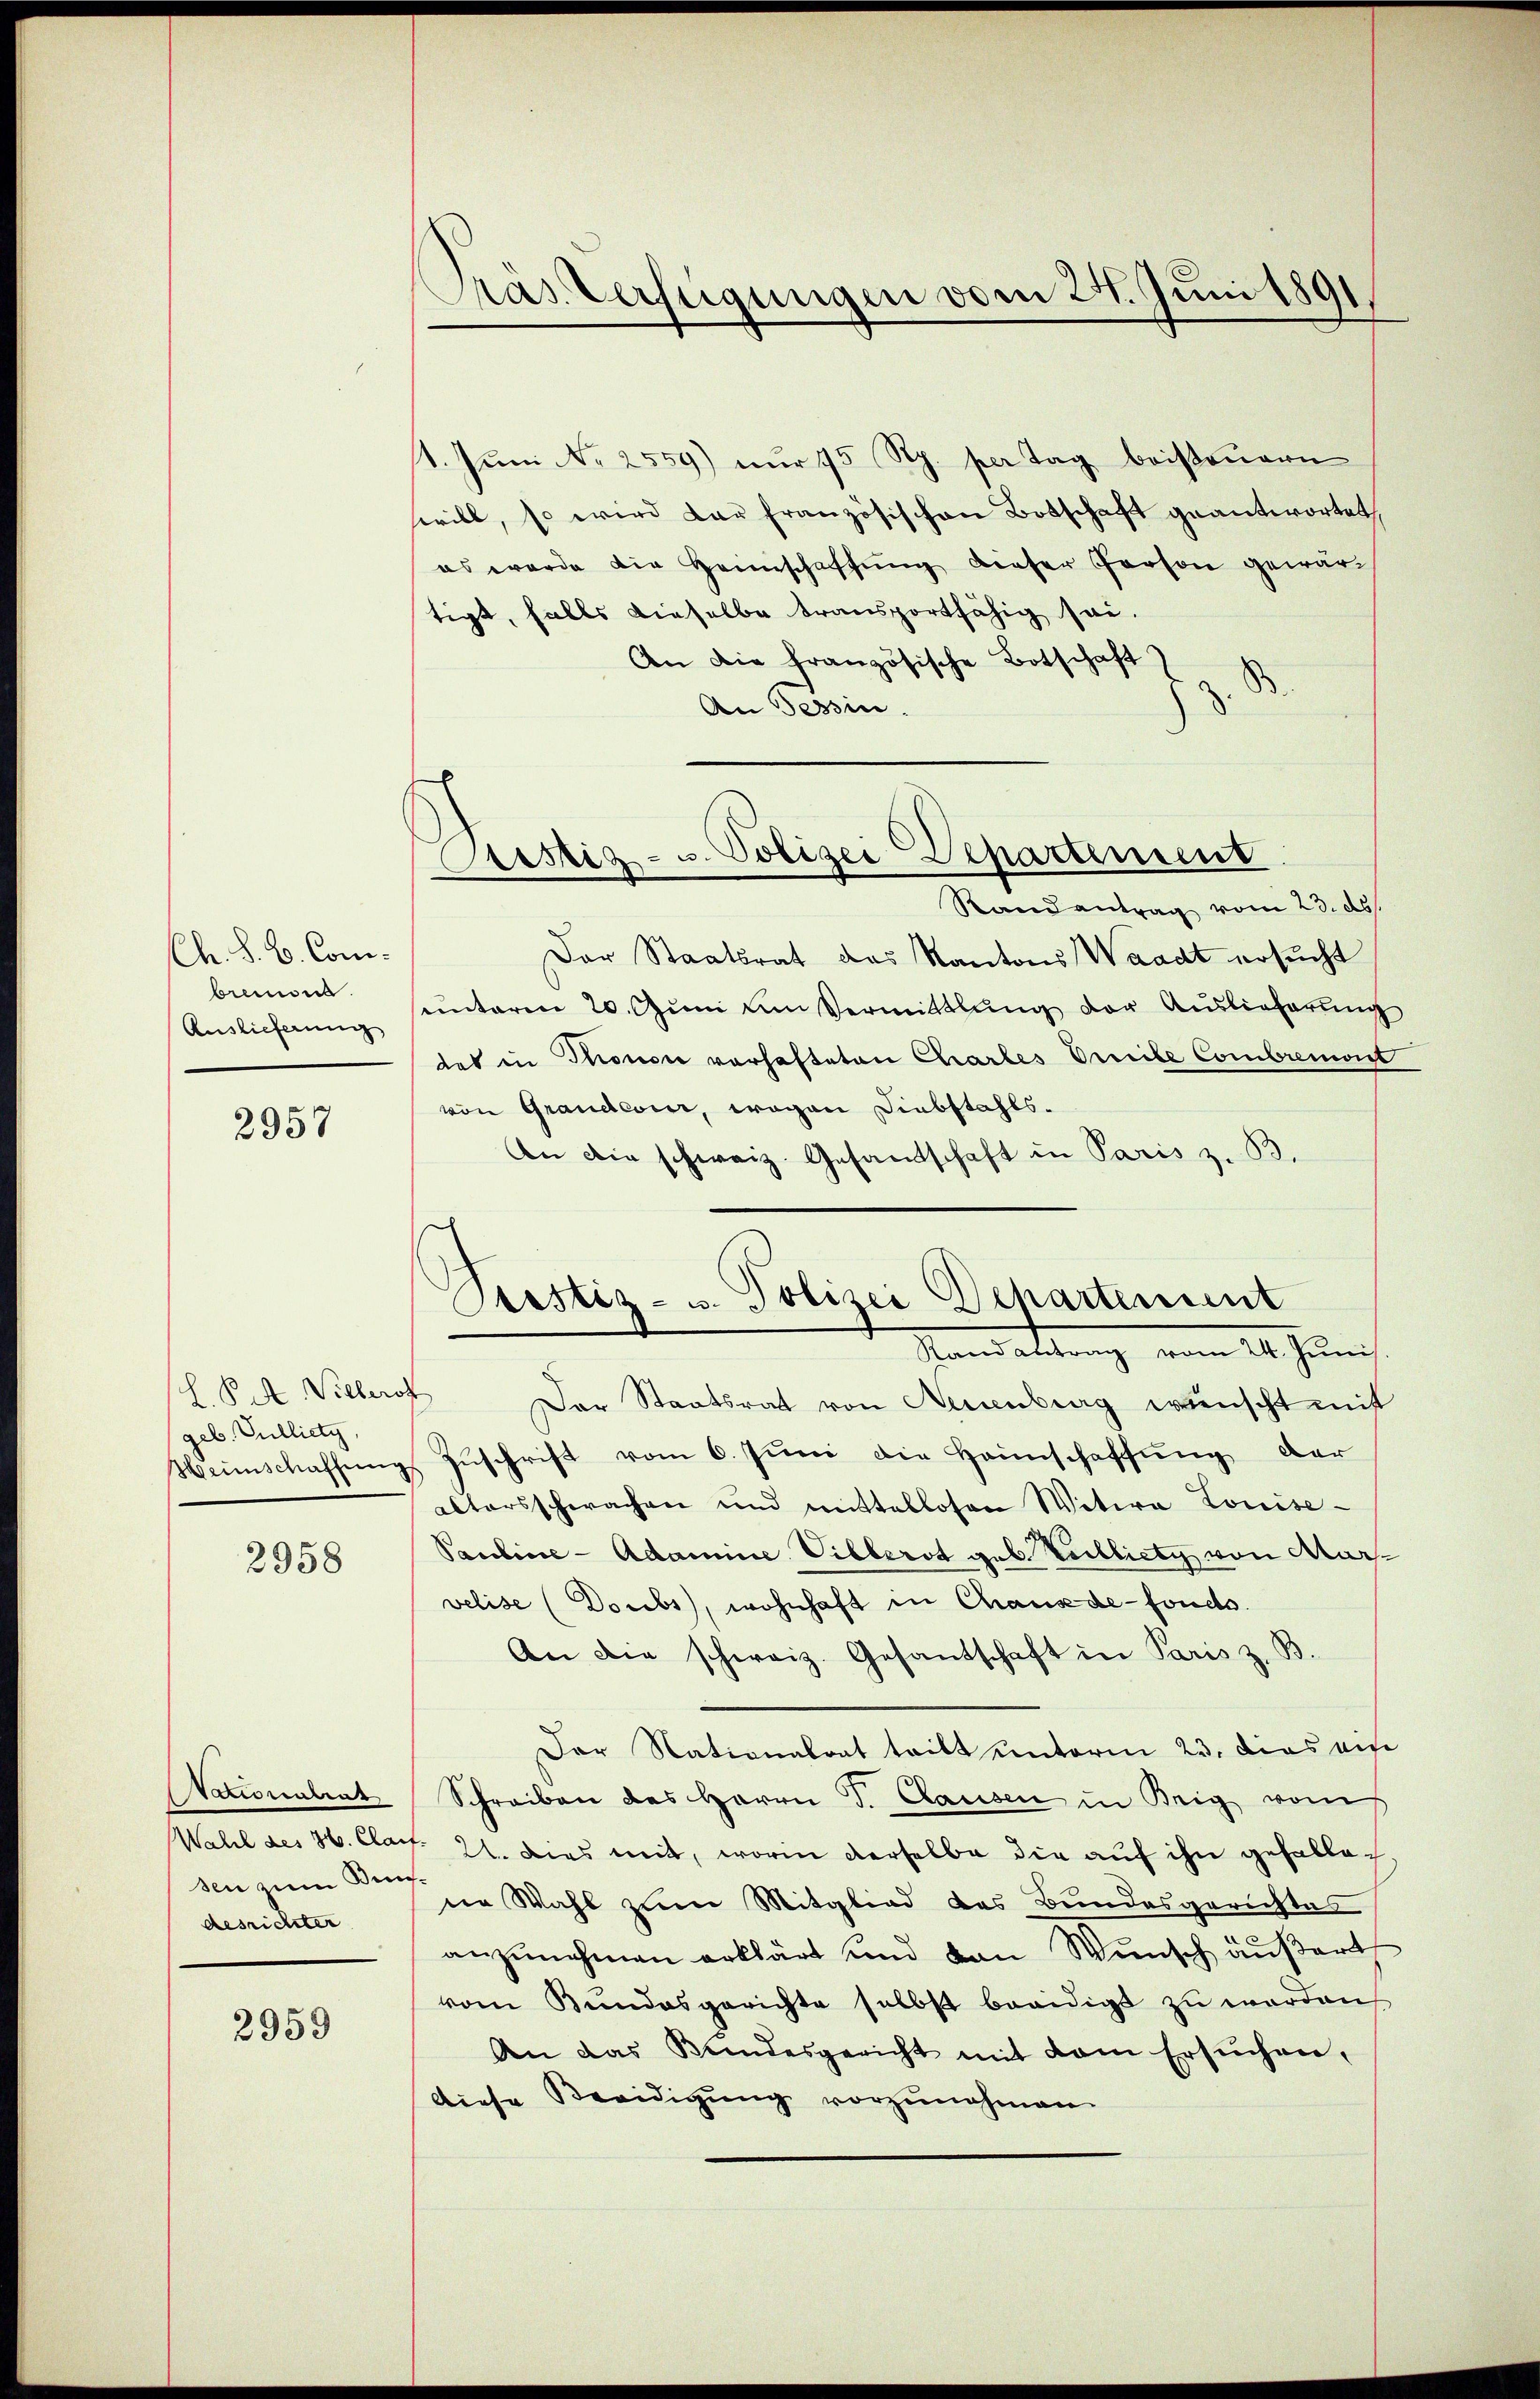
Ch. S. B. Combrenne.
Auslieferung

2957

L. Pitt. Vielerot
geb. Gulliety,

2958

Stationalent
sen zum Kungesrichter

2959

Pras Verfügungen vom 28. Juni 1891.

1. Juni No 2559) nur 15 Rp. per Tag beisteuern
will, so wird dar französischen Botschaft geantwortet,
es wurde die Heimschaffŭng dieser Person gewärtigt, falls dieselbe transportfähig sei.
An die Französische Botschaft z. B.
An Tessin.
Randantrag vom 23. ds.
Der Staatsrat das Kantons Waadt ersucht
sunteren 20. Jŭni um Vermittlung der Auslieferung
des in Thronon vorhafteten Chartes Omile Combremont
von Grandcour, wegen Diebstahls¬
An die schweiz. Gesandtschaft in Paris z. B.
Der Staatsrat von Neuenburg wünscht mitt
Heinschaffŭng Zŭschrift vom 6. Juni die Heinschaffung der
altersschwachen und mittellosen Witwe Louise-
Pauline - Adamine Villerst geb. Kelliety von Marvelise (Doubs, wohnhaft in Chaus de fonds.
An die schweiz. Gesandschaft in Paris z. B.
Der Nationalrat tritt unterm 23. dies ein
Schreiben des Herrn J. Clausen in Brig vom
Wahl des 36. Clar. 21. dies mit, worin derselbe die auf ihn gehallach.
ne Wahl zum Mitglied das Bundesgerichtes
anzunehmen erklärt und von Wunsch außert
vom Bundesgerichte selbst beeidigt zu werden,
An das Bundesgericht mit dem Ersuchen,
Diese Beeidigung vorzunehmen.

Astiz- u. Polizei Departement

Justiz- u. Polizei Departement
Mandattung vom 20. Juni.